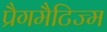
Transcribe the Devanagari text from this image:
प्रैगमैटिज्म